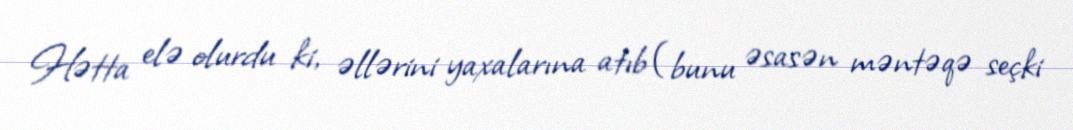
Hətta elə olurdu ki, əllərini yaxalarına atıb (bunu əsasən məntəqə seçki